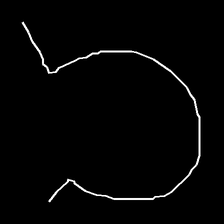
Glyph: weave